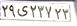
۲۹ی۲۳۷۲۲